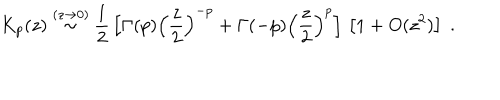
LaTeX: K _ { p } ( z ) \stackrel { ( z \rightarrow 0 ) } { \sim } \frac { 1 } { 2 } \, \left[ \Gamma ( p ) \left( \frac { z } { 2 } \right) ^ { - p } + \Gamma ( - p ) \left( \frac { z } { 2 } \right) ^ { p } \right] \, \left[ 1 + O ( z ^ { 2 } ) \right] \; .